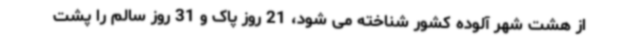
از هشت شهر آلوده کشور شناخته می شود، 21 روز پاک و 31 روز سالم را پشت